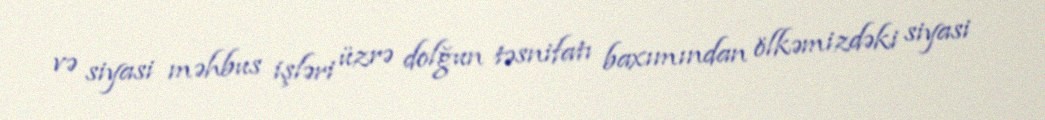
və siyasi məhbus işləri üzrə dolğun təsnifatı baxımından ölkəmizdəki siyasi